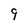
Character: 9